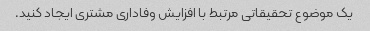
یک موضوع تحقیقاتی مرتبط با افزایش وفاداری مشتری ایجاد کنید.